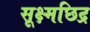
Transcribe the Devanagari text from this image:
सूक्ष्मछिद्र